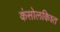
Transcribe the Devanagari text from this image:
कंसोलकिश्त